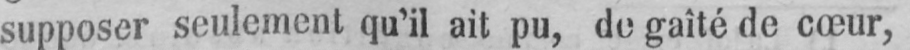
supposer seulement qu’il ait pu, de gaîté de cœur,